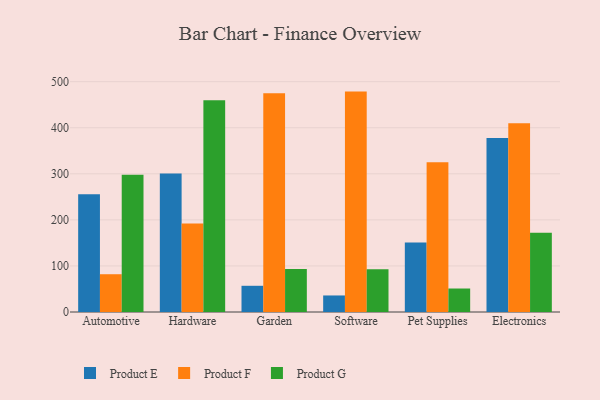
{"axis": {"x": "Category", "y": "Conversion Rate (%)"}, "legend": ["Product E", "Product F", "Product G"], "data": [{"x": "Automotive", "y": 255.7, "type": "Product E"}, {"x": "Automotive", "y": 82.0, "type": "Product F"}, {"x": "Automotive", "y": 298.2, "type": "Product G"}, {"x": "Hardware", "y": 300.9, "type": "Product E"}, {"x": "Hardware", "y": 191.9, "type": "Product F"}, {"x": "Hardware", "y": 459.8, "type": "Product G"}, {"x": "Garden", "y": 56.9, "type": "Product E"}, {"x": "Garden", "y": 475.1, "type": "Product F"}, {"x": "Garden", "y": 93.2, "type": "Product G"}, {"x": "Software", "y": 35.9, "type": "Product E"}, {"x": "Software", "y": 478.5, "type": "Product F"}, {"x": "Software", "y": 92.9, "type": "Product G"}, {"x": "Pet Supplies", "y": 150.8, "type": "Product E"}, {"x": "Pet Supplies", "y": 325.1, "type": "Product F"}, {"x": "Pet Supplies", "y": 51.0, "type": "Product G"}, {"x": "Electronics", "y": 377.6, "type": "Product E"}, {"x": "Electronics", "y": 409.8, "type": "Product F"}, {"x": "Electronics", "y": 171.8, "type": "Product G"}]}